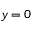
y = 0